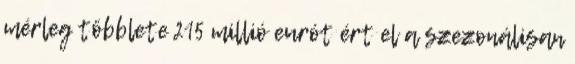
mérleg többlete 215 millió eurót ért el a szezonálisan